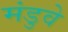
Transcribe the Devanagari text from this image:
मंडुवे